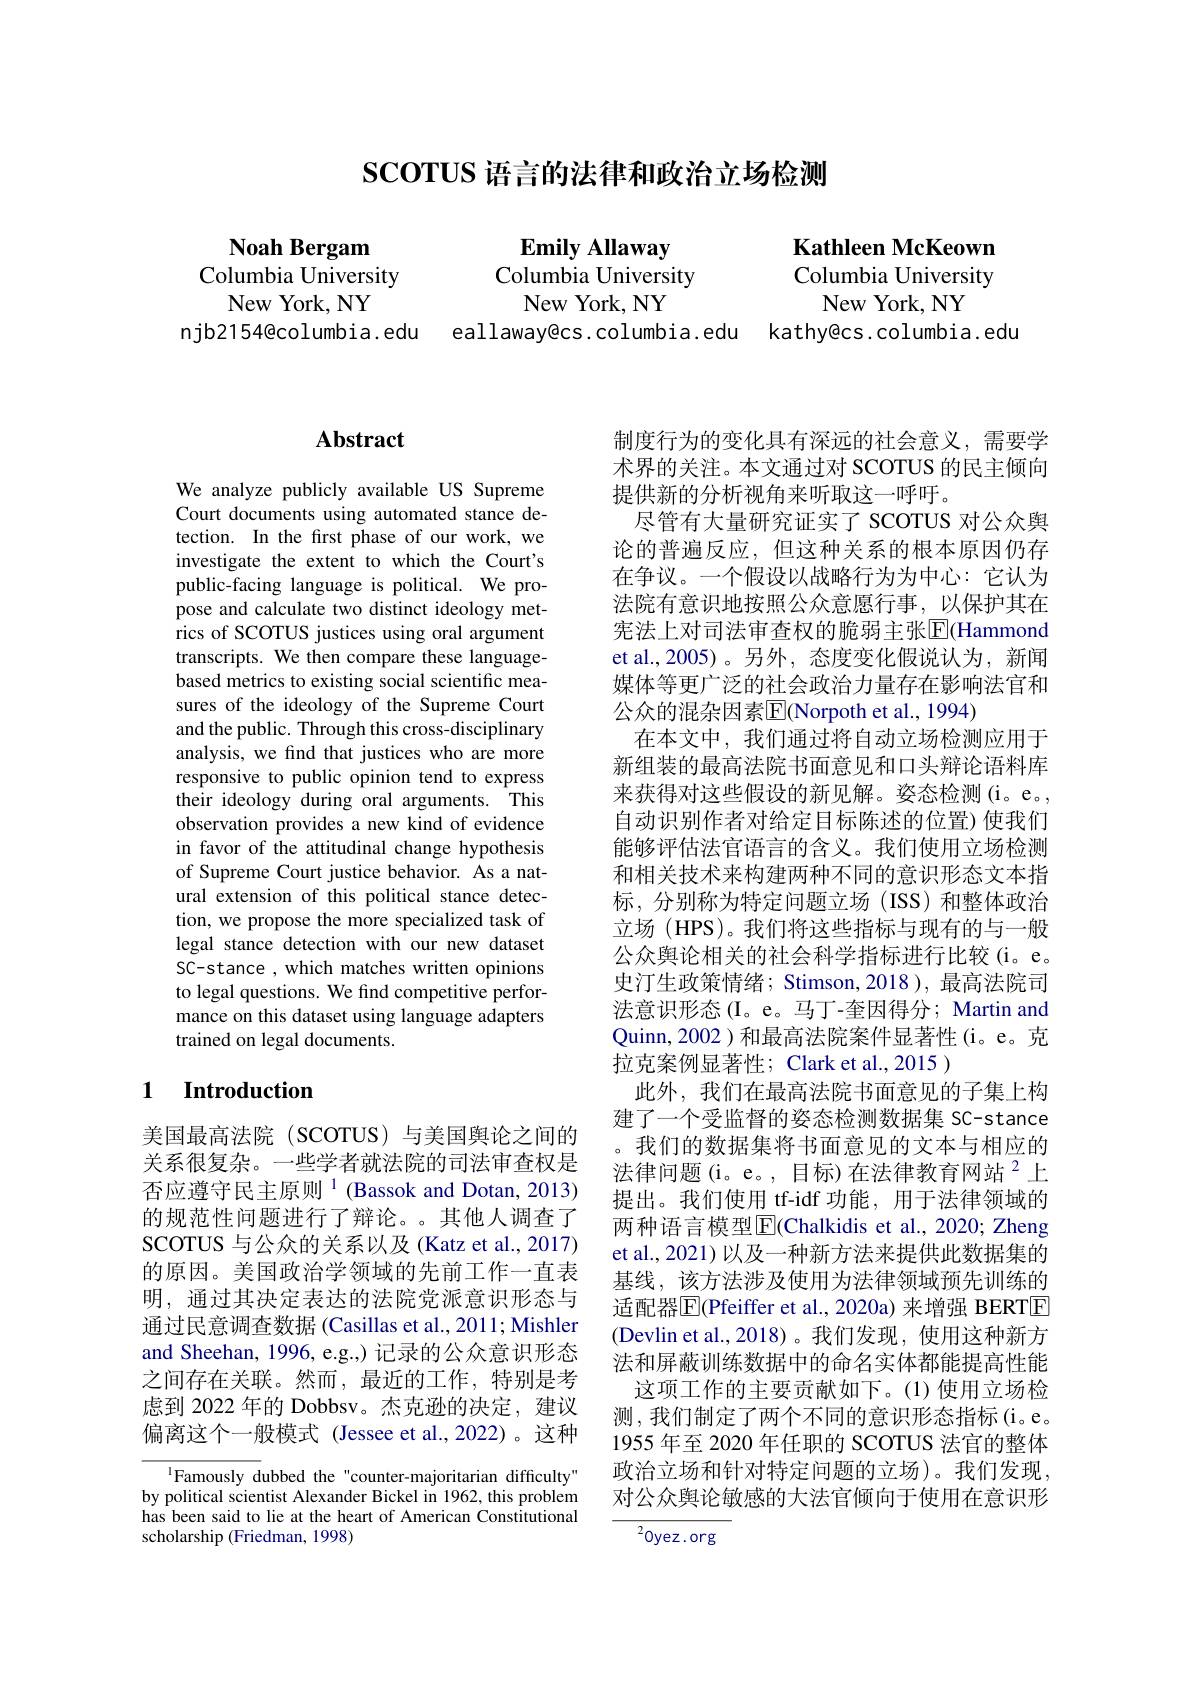
## $\mathbf{SCOTUS}$语言的法律和政治立场检测

Noah Bergam
Columbia University
New York, NY

$\mathbf{EmilyAllaway}$
Columbia University
New York, NY

Kathleen McKeown Columbia University
New York, NY
njb2154@columbia.edu eallaway@cs.columbia.edu kathy@cs.columbia.edu

## $\mathbf{Abstract}$

We analyze publicly available US Supreme Court documents using automated stance detection. In the first phase of our work, we investigate the extent to which the Court's public-facing language is political. We propose and calculate two distinct ideology metrics of SCOTUS justices using oral argument transcripts. We then compare these languagebased metrics to existing social scientific measures of the ideology of the Supreme Court and the public. Through this cross-disciplinary analysis, we find that justices who are more responsive to public opinion tend to express their ideology during oral arguments. This observation provides a new kind of evidence in favor of the attitudinal change hypothesis of Supreme Court justice behavior. As a natural extension of this political stance detection, we propose the more specialized task of legal stance detection with our new dataset SC-stance , which matches written opinions to legal questions. We find competitive performance on this dataset using language adapters trained on legal documents.

### 1 $\textbf{Introduction}$

美国最高法院(SCOTUS)与美国舆论之间的关系很复杂。一些学者就法院的司法审查权是否应遵守民主原则$^1$(Bassok and Dotan, 2013) 的规范性问题进行了辩论。。其他人调查了SCOTUS 与公众的关系以及(Katz et al., 2017) 的原因。美国政治学领域的先前工作一直表明，通过其决定表达的法院党派意识形态与通过民意调查数据 (Casillas et al., 2011; Mishler and Sheehan, 1996, e.g.,) 记录的公众意识形态之间存在关联。然而，最近的工作，特别是考虑到 2022 年的 Dobbsv。杰克逊的决定，建议偏离这个一般模式 (Jessee et al.,2022)。这种

$^{\mathrm{l}}$Famously dubbed the"counter-majoritarian difficulty" by political scientist Alexander Bickel in 1962, this problem has been said to lie at the heart of American Constitutional scholarship (Friedman, 1998)

制度行为的变化具有深远的社会意义，需要学术界的关注。本文通过对 SCOTUS 的民主倾向提供新的分析视角来听取这一呼吁。
尽管有大量研究证实了 SCOTUS 对公众舆论的普遍反应，但这种关系的根本原因仍存在争议。一个假设以战略行为为中心：它认为法院有意识地按照公众意愿行事，以保护其在宪法上对司法审查权的脆弱主张$|\mathbb{E}|($Hammond et al.,2005)。另外，态度变化假说认为，新闻媒体等更广泛的社会政治力量存在影响法官和公众的混杂因素$\overline{\mathrm{E}}($Norpoth et al., 1994)
在本文中，我们通过将自动立场检测应用于新组装的最高法院书面意见和口头辩论语料库来获得对这些假设的新见解。姿态检测(i。e。, 自动识别作者对给定目标陈述的位置) 使我们能够评估法官语言的含义。我们使用立场检测和相关技术来构建两种不同的意识形态文本指标，分别称为特定问题立场(ISS)和整体政治立场 (HPS)。我们将这些指标与现有的与一般公众舆论相关的社会科学指标进行比较(i。e。史汀生政策情绪；Stimson,2018 ),最高法院司法意识形态(I。e。马丁-奎因得分；Martin and Quinn,2002 )和最高法院案件显著性(i。e。克拉克案例显著性；Clark et al.,2015 )
此外，我们在最高法院书面意见的子集上构建了一个受监督的姿态检测数据集 SC-stance 。我们的数据集将书面意见的文本与相应的法律问题(i。e。, 目标)在法律教育网站$^{2}$上提出。我们使用 tf-idf 功能，用于法律领域的两种语言模型$\overline{\mathrm{E}}$(Chalkidis et al., 2020; Zheng et al., 2021) 以及一种新方法来提供此数据集的基线，该方法涉及使用为法律领域预先训练的适配器$\overline{\mathrm{E}}($Pfeiffer et al., 2020a) 来增强 BERTE (Devlin et al.,2018)。我们发现，使用这种新方法和屏蔽训练数据中的命名实体都能提高性能
这项工作的主要贡献如下。(1)使用立场检测，我们制定了两个不同的意识形态指标(i。e。1955 年至 2020 年任职的 SCOTUS 法官的整体政治立场和针对特定问题的立场)。我们发现， 对公众舆论敏感的大法官倾向于使用在意识形
$^{2}0$yez.org